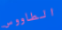
الطاووس